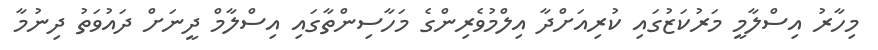
މިހާރު އިސްލާމީ މަރުކަޒުގައި ކުރިއަށްދާ އިލްމުވެރިންގެ މަހާސިންތާގައި އިސްލާމް ދީނަށް ދައުވަތު ދިނުމާ